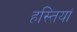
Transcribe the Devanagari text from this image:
हस्‍तियां